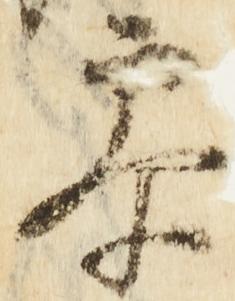
参